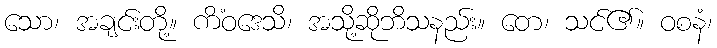
သော၊ အချင်းတို့။ ကိံဝဒေသိ၊ အသို့ဆိုဘိသနည်း။ တေ၊ သင်၏။ ဝစနံ၊